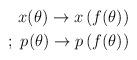
LaTeX: \begin{align*}x(\theta) \rightarrow x \left( f(\theta) \right) \\;\; p(\theta) \rightarrow p\left( f(\theta) \right)\end{align*}